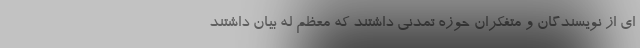
ای از نویسندگان و متفکران حوزه تمدنی داشتند که معظم له بیان داشتند